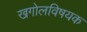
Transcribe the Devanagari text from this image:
खगोलविषयक